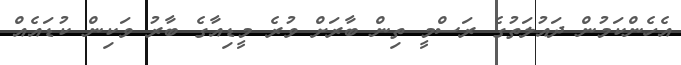
އެހެންކަމުން ދައުލަތުގެ ރަސްމީ ތިން ބާރަށް ވުރެ މީޑިއާގެ ބާރު ވަކިން ކުޑައެއް